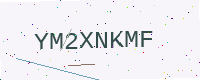
Text: YM2XNKMF